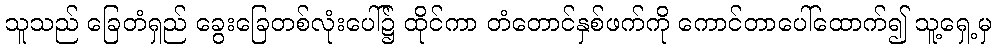
သူသည် ခြေတံရှည် ခွေးခြေတစ်လုံးပေါ်၌ ထိုင်ကာ တံတောင်နှစ်ဖက်ကို ကောင်တာပေါ်ထောက်၍ သူ့ရှေ့မှ